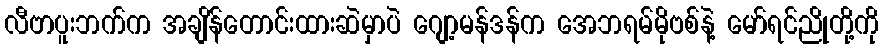
လီဗာပူးဘက်က အချိန်တောင်းထားဆဲမှာပဲ ဂျော့မန်ဒန်က အေဘရမ်မိုဗစ်နဲ့ မော်ရင်ညိုတို့ကို